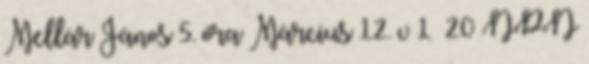
Mellár János 5. óra Március 12. v 1 20 NPN